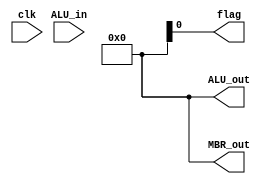
module ACC
(
    input clk,
    input [15:0]ALU_in,
    output [15:0]ALU_out,
    output [15:0]MBR_out,
    output flag
);

reg [15:0]buffer = 16'b0000_0000_0000_0000;
assign ALU_out = buffer;
assign MBR_out = buffer;

endmodule